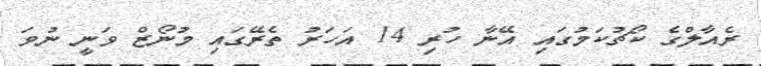
ރެއާލްގެ ކޯޗުކަމުގައި އޭނާ ހުރި 14 އަހަރު ތެރޭގައި މުނޯޒް ވަނީ ނުވަ